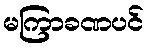
မကြာခဏပင်